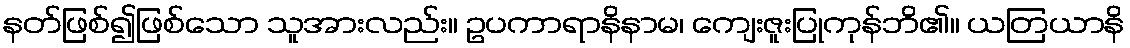
နတ်ဖြစ်၍ဖြစ်သော သူအားလည်း။ ဥပကာရာနိနာမ၊ ကျေးဇူးပြုကုန်ဘိ၏။ ယတြယာနိ